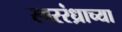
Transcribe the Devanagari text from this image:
स्वररंध्राच्या